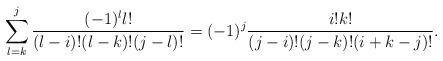
LaTeX: \begin{align*}\sum^j_{l =k}{{(-1)^l l!} \over {(l-i)!(l-k)!(j-l)!}}=(-1)^j{{i!k!} \over {(j-i)!(j-k)! (i+k-j)!}}.\end{align*}